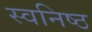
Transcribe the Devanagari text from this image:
स्वनिष्ठ